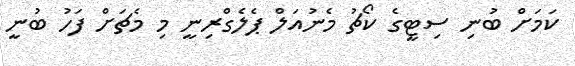
ކަމަށް ބުނި ސިޓީގެ ކޯޗު މެނުއަލް ޕެލެގްރިނީ މި މެޗަށް ފަހު ބުނީ